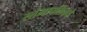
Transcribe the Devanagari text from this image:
स्तंभापलिकडे